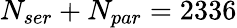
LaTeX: N_{ser}+N_{par}=2336